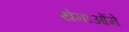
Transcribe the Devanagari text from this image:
खेमाओंमे